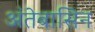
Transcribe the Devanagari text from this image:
अंतेबासिन